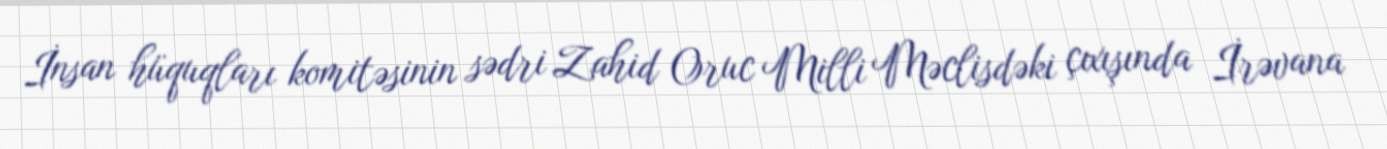
İnsan hüquqları komitəsinin sədri Zahid Oruc Milli Məclisdəki çıxışında İrəvana